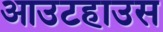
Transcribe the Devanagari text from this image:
आउटहाउस